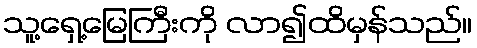
သူ့ရှေ့မြေကြီးကို လာ၍ထိမှန်သည်။